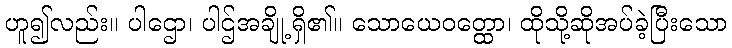
ဟူ၍လည်း။ ပါဌော၊ ပါဌ်အချို့ရှိ၏။ သောယေဝတ္ထော၊ ထိုသို့ဆိုအပ်ခဲ့ပြီးသော